Leningradi_Edasi_toimetus, lk 240
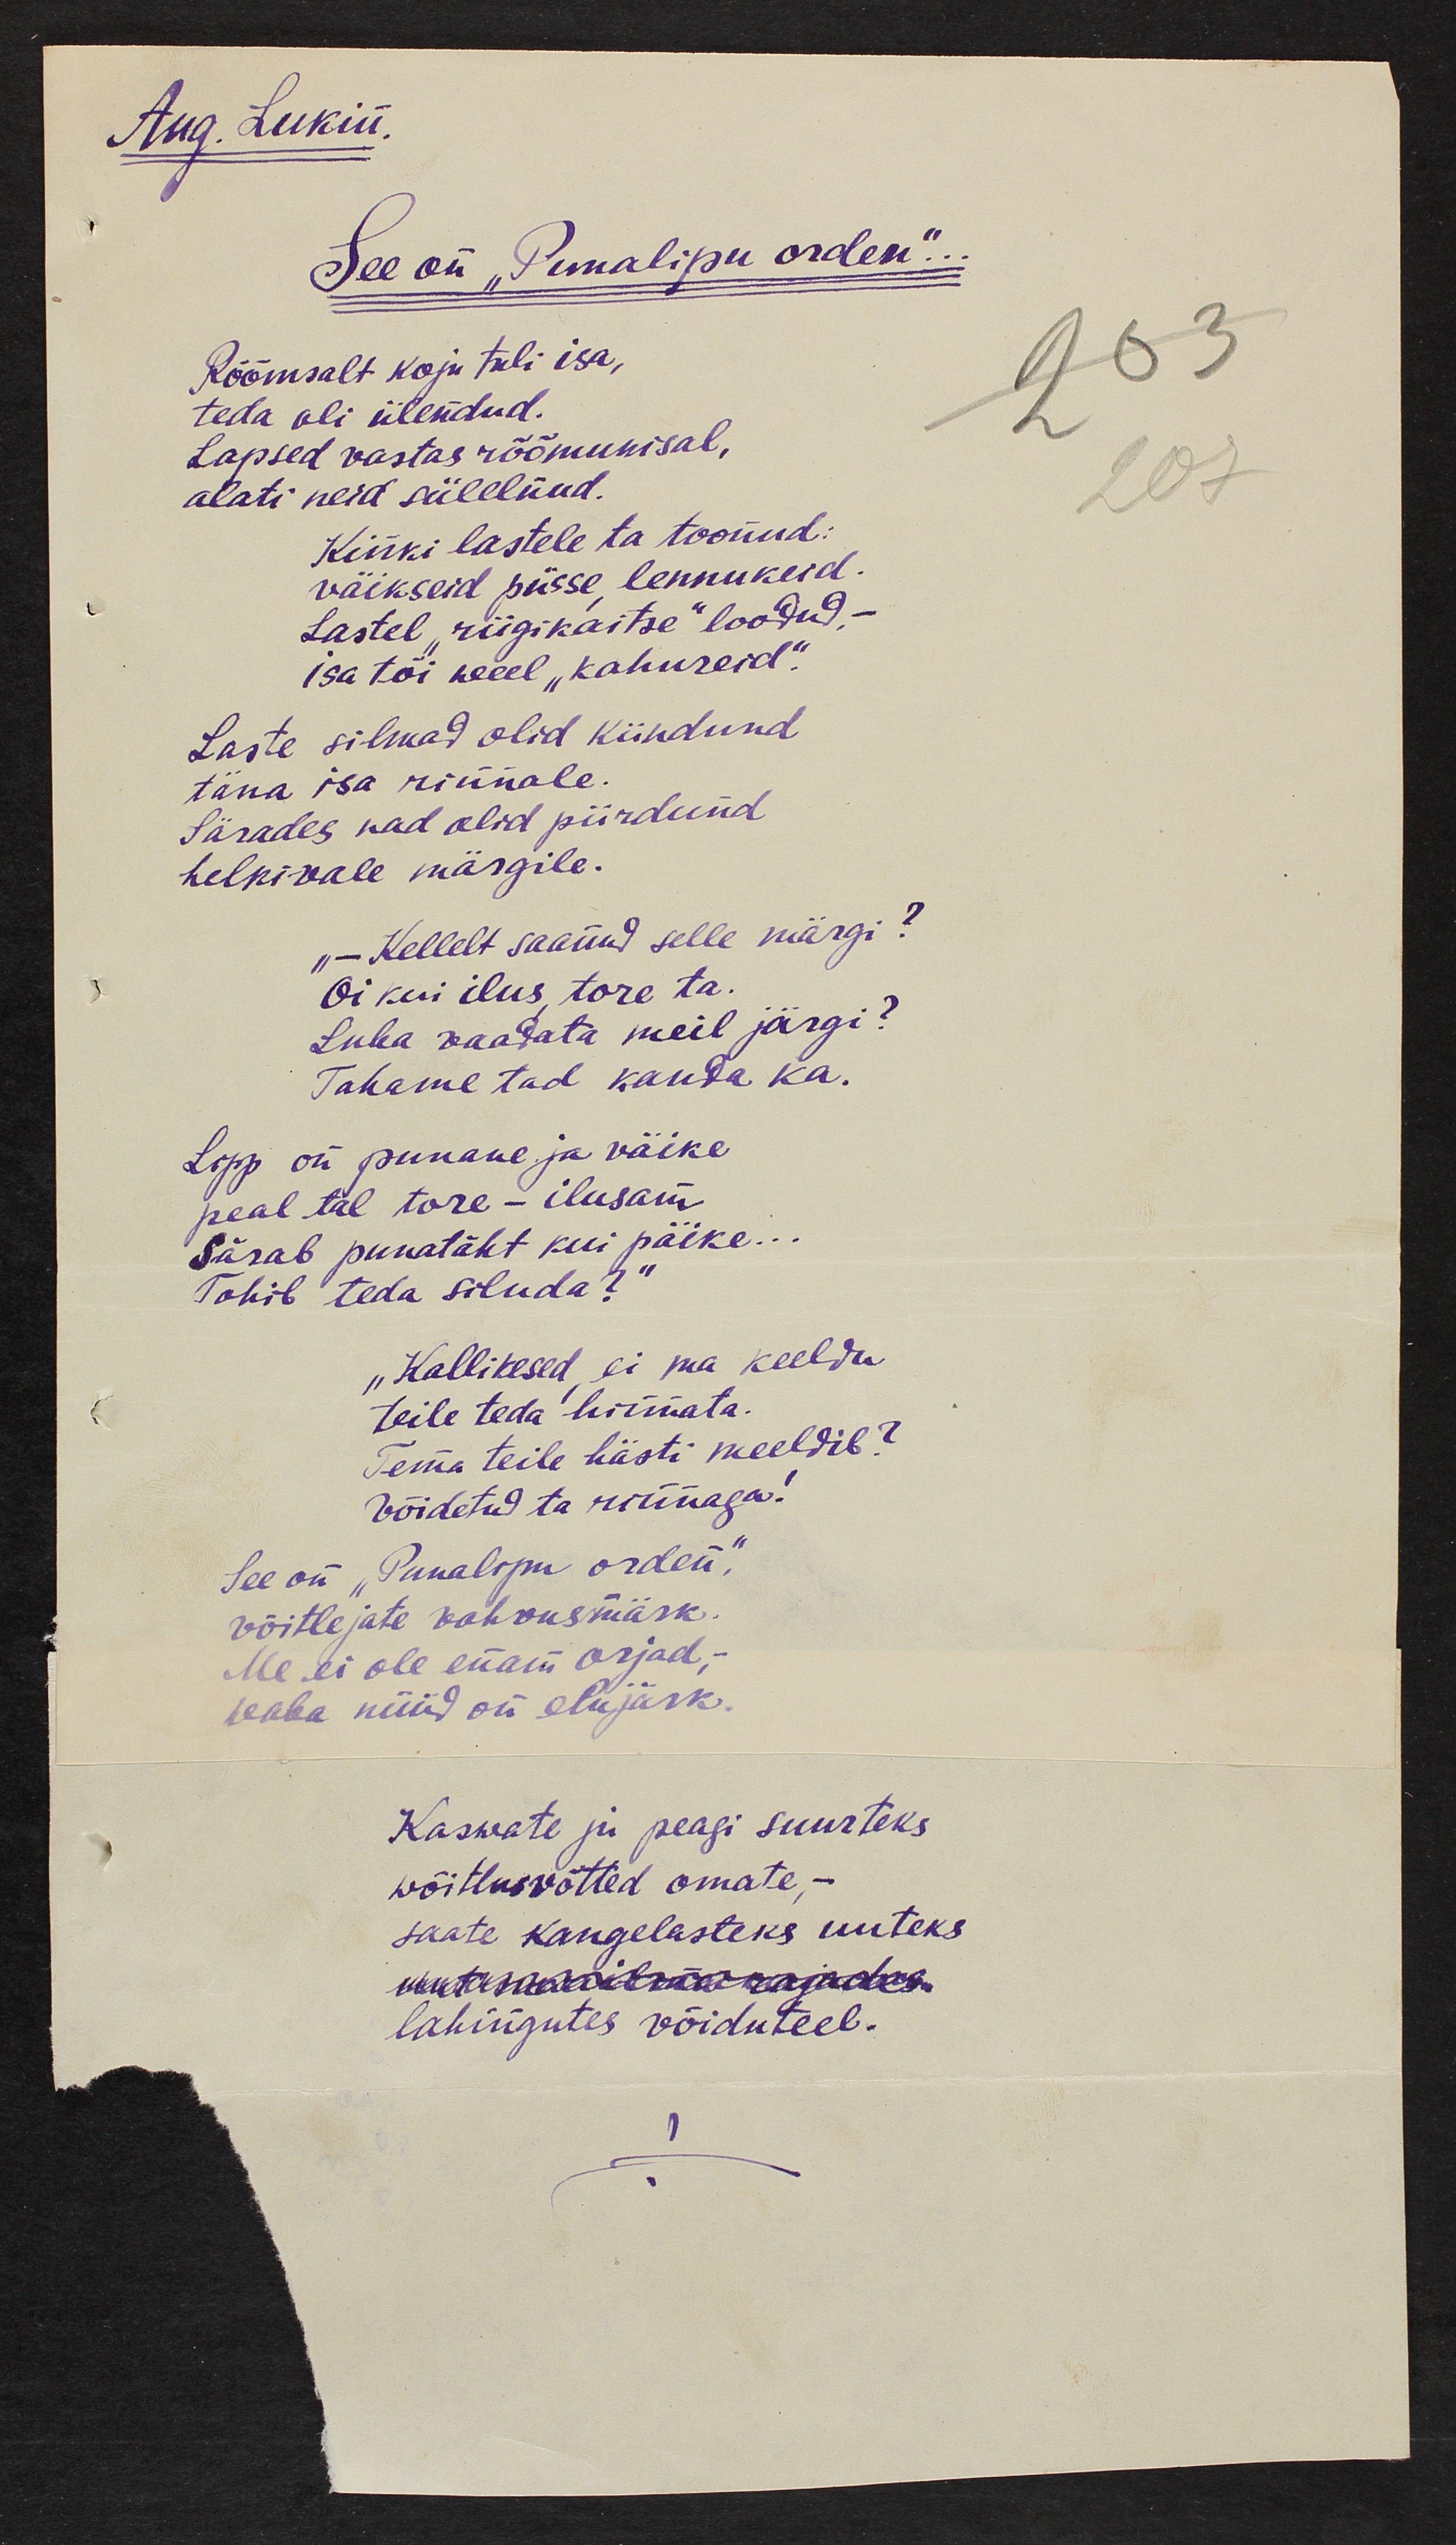
Aug. Lukin.
See on "Punalipu orden"...
Rõõmsalt koju tuli isa,
teda oli ülendud. 
Lapsed vastas rõõmukisal,
alati neid sülelnud.
Kuigi lastele ta toonud
väikseid püsse, lennukeid.
Lastel "riigikaitse" loodud. - 
isa tõi weel "kahureid".
Laste silmad olid kiindund
täna isa rinnale.
Särades nad olid piirdund 
helkivale märgile.
"- Kellelt saanund selle märgi?
Oi kui ilus tore ta.
Luba vaadata meil järgi?
Tahame tad kanda ka.
Lopp on punane ja väike
peal tal tore - ilusam
Särab punatäht kui päike...
Tohib teda siluda?"
"Kallikesed, ei ma keeldu
teile teda hirmata. 
Tema teile hästi meeldib?
võidetud ta rinnaga!
See on "Punalipu orden". 
võitlejate vahvusmärk..
Me ei ole enam orjad,-
vaba nüüd on elujärk
Kaswate ju peagi suurteks
wõitlusvõtted omate,-
saate kangelasteks uuteks
uut maailmat rajades.
lahingutes võiduteel.